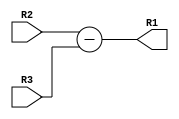

module SUB(R2,R3,R1);
input[31:0] R2,R3;
output[31:0] R1;

assign R1 = R2 - R3;	//Tyson removed N set here so SET_FLAGS module can take care of it
endmodule